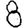
Digit: 8